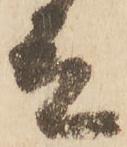
殿